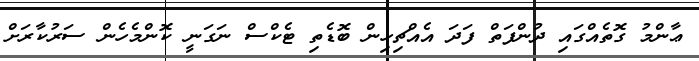
ޢާންމު ގޮތެއްގައި ދުންފަތް ފަދަ އެއްޗިހިން ބޮޑެތި ޓެކްސް ނަގަނީ ކޮންމެހެން ސަރުކާރަށް